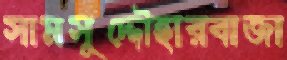
সামসুদ্দৌহারবাজা